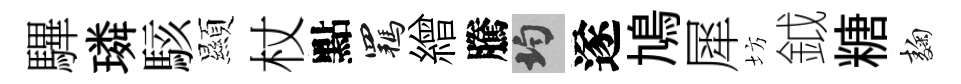
驆璘駭顯杖點羈繒騰均遂鳩犀坊鉞糖麹